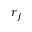
\boldsymbol { r } _ { j }